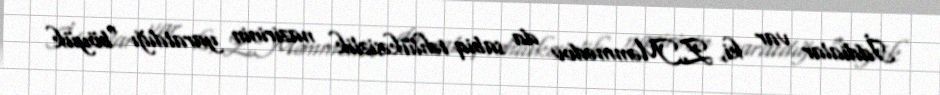
İddialar var ki, Z.Məmmədov da sabiq təhlükəsizlik nazirinin yaratdığı “böyük